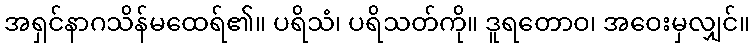
အရှင်နာဂသိန်မထေရ်၏။ ပရိသံ၊ ပရိသတ်ကို။ ဒူရတောဝ၊ အဝေးမှလျှင်။